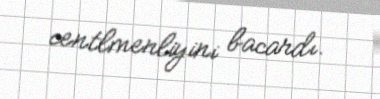
centlmenliyini bacardı.